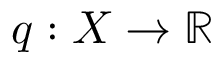
q : X \to \mathbb { R }